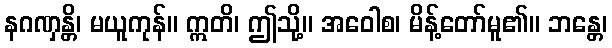
နဂဏှန္တိ၊ မယူကုန်။ ဣတိ၊ ဤသို့။ အဝေါစ၊ မိန့်တော်မူ၏။ ဘန္တေ၊